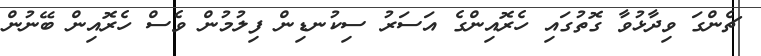
ޗެންގަ ވިދާޅުވާ ގޮތުގައި ހެރޮއިންގެ އަސަރު ސިކުނޑިން ފިލުމުން ވެސް ހެރޮއިން ބޭނުން